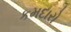
કમદારો